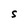
Character: S